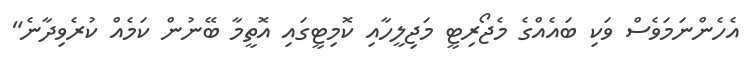
އެހެންނަމަވެސް ވަކި ބައެއްގެ މެޖޯރިޓީ މަޖިލީހާއި ކޮމިޓީގައި އޮތީމާ ބޭނުން ކަމެއް ކުރެވިދާނެ"